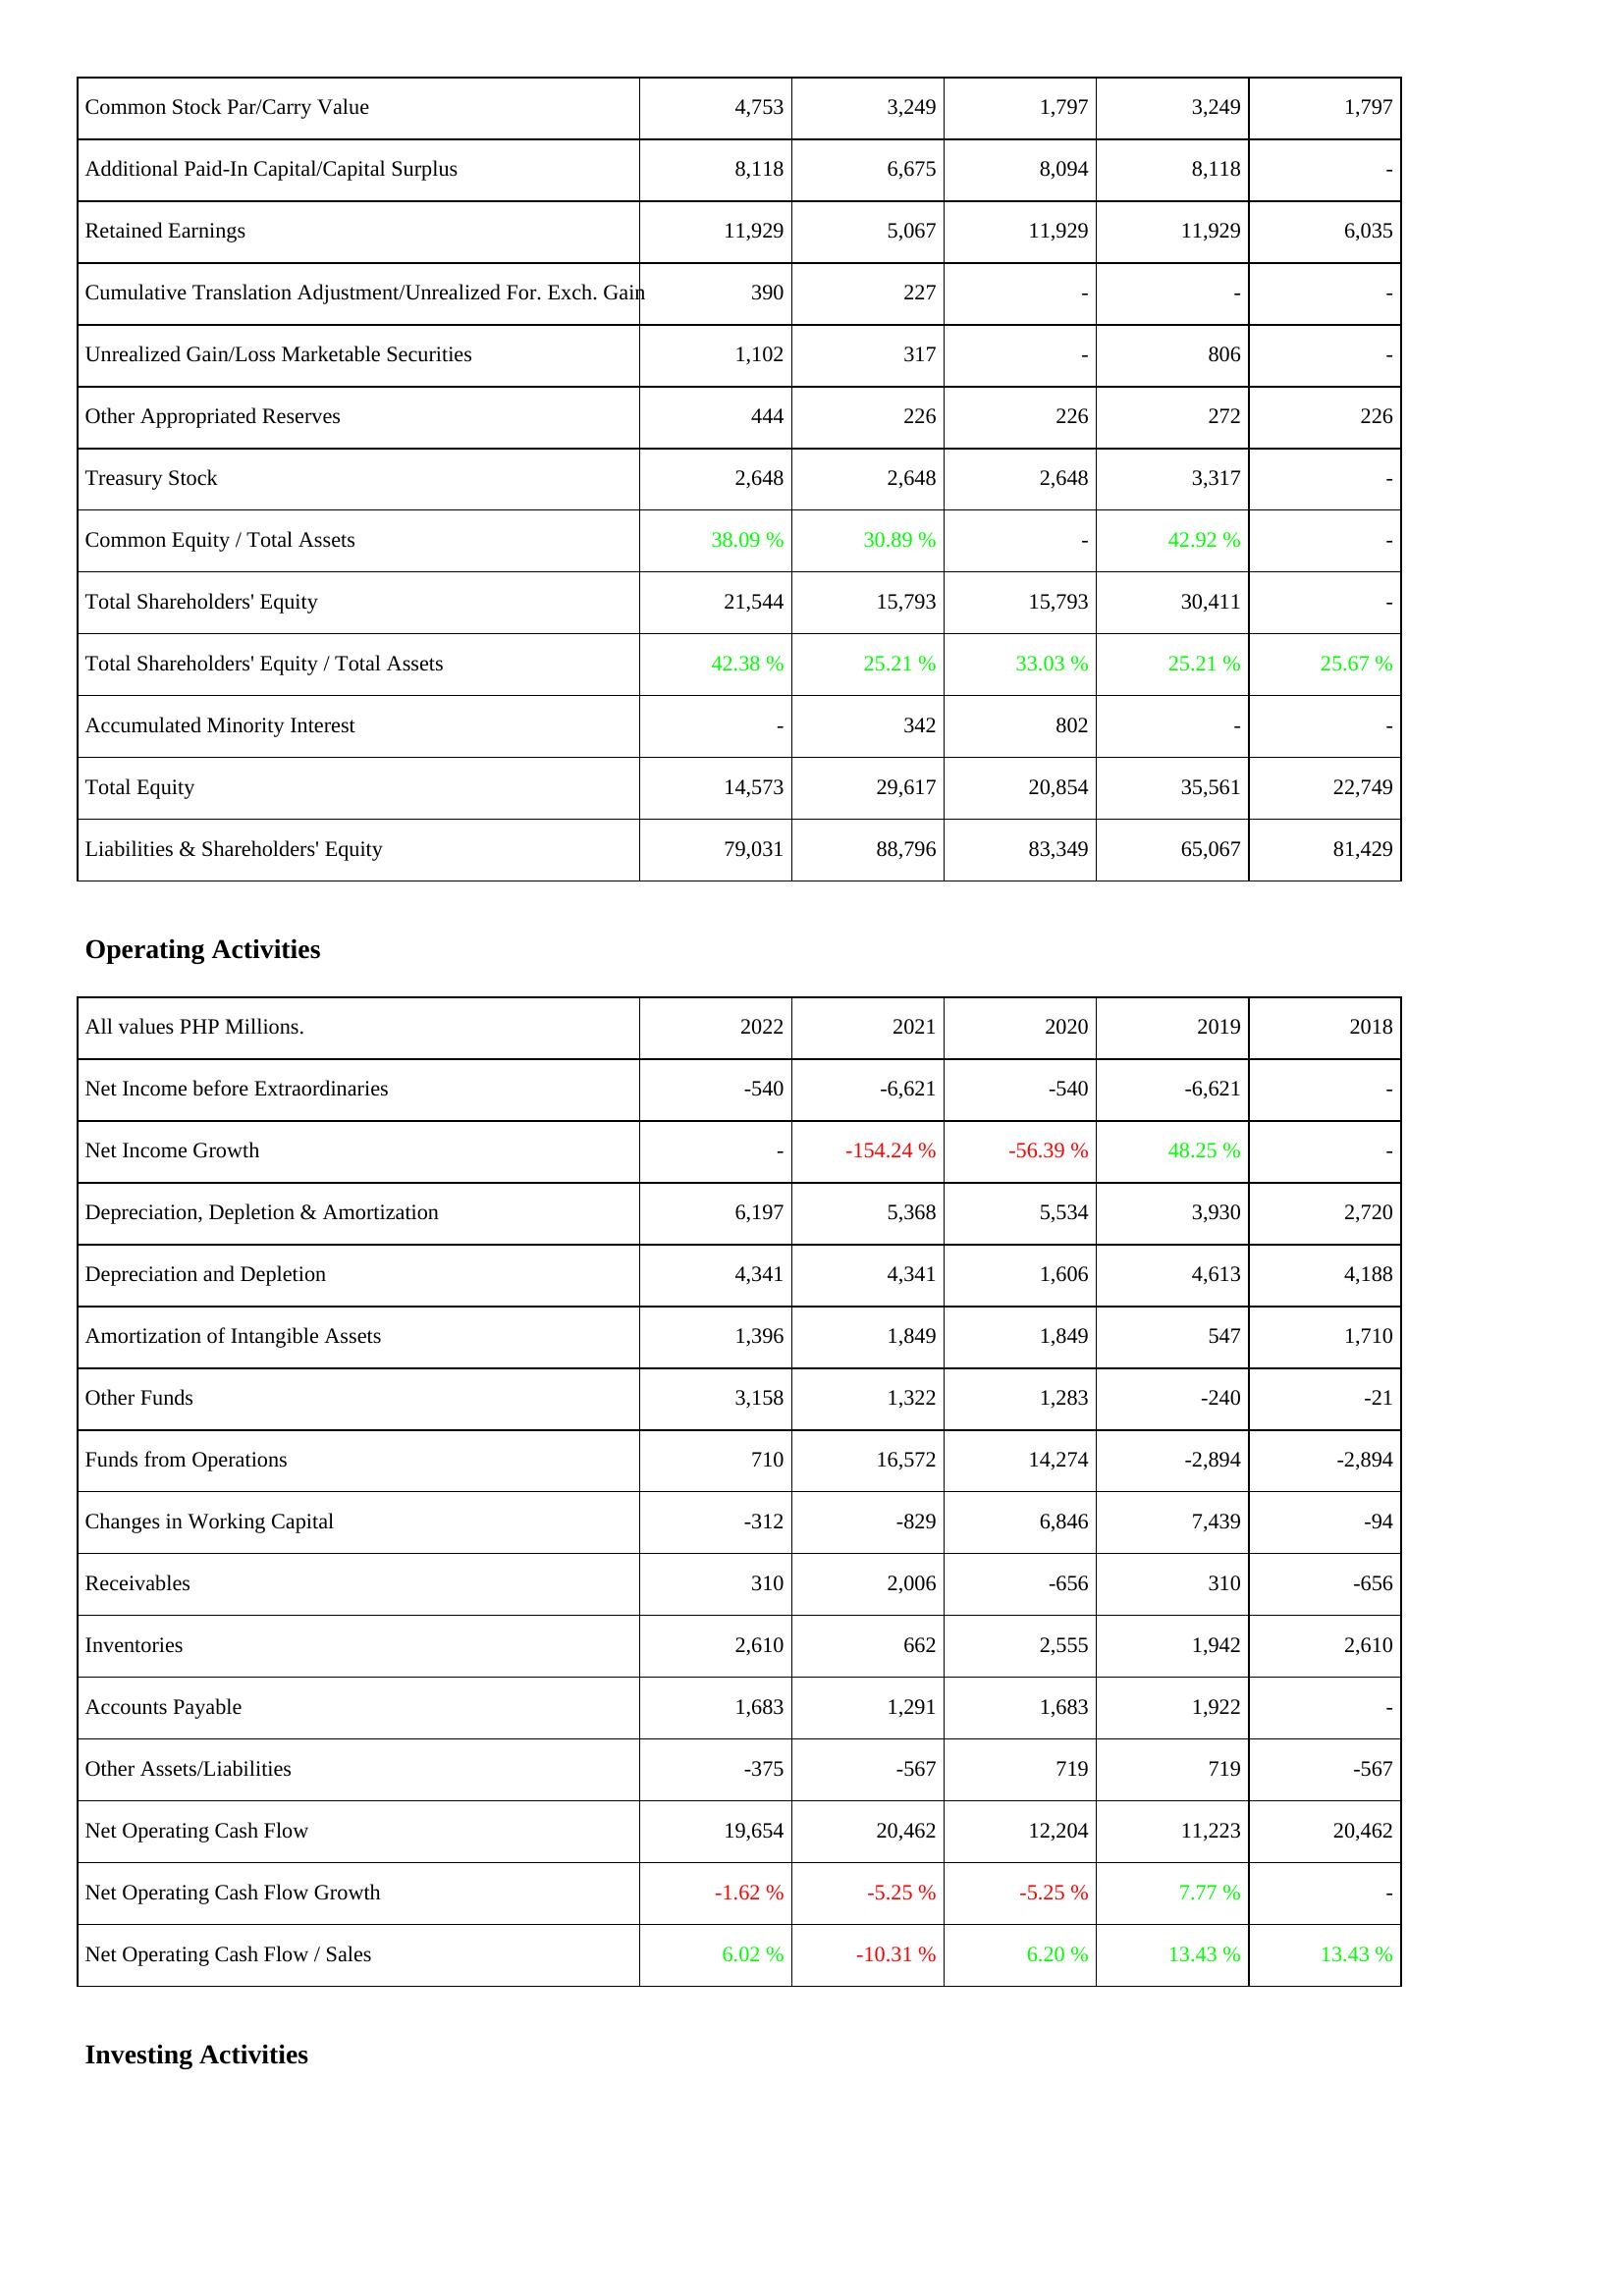
2022: Liabilities & Shareholders' Equity: Common Stock Par/Carry Value: 4,753
Additional Paid-In Capital/Capital Surplus: 8,118
Retained Earnings: 11,929
Cumulative Translation Adjustment/Unrealized For. Exch. Gain: 390
Unrealized Gain/Loss Marketable Securities: 1,102
Other Appropriated Reserves: 444
Treasury Stock: 2,648
Common Equity / Total Assets: 38.09 %
Total Shareholders' Equity: 21,544
Total Shareholders' Equity / Total Assets: 42.38 %
Accumulated Minority Interest: -
Total Equity: 14,573
Liabilities & Shareholders' Equity: 79,031
Operating Activities: Net Income before Extraordinaries: -540
Net Income Growth: -
Depreciation, Depletion & Amortization: 6,197
Depreciation and Depletion: 4,341
Amortization of Intangible Assets: 1,396
Other Funds: 3,158
Funds from Operations: 710
Changes in Working Capital: -312
Receivables: 310
Inventories: 2,610
Accounts Payable: 1,683
Other Assets/Liabilities: -375
Net Operating Cash Flow: 19,654
Net Operating Cash Flow Growth: -1.62 %
Net Operating Cash Flow / Sales: 6.02 %
2021: Liabilities & Shareholders' Equity: Common Stock Par/Carry Value: 3,249
Additional Paid-In Capital/Capital Surplus: 6,675
Retained Earnings: 5,067
Cumulative Translation Adjustment/Unrealized For. Exch. Gain: 227
Unrealized Gain/Loss Marketable Securities: 317
Other Appropriated Reserves: 226
Treasury Stock: 2,648
Common Equity / Total Assets: 30.89 %
Total Shareholders' Equity: 15,793
Total Shareholders' Equity / Total Assets: 25.21 %
Accumulated Minority Interest: 342
Total Equity: 29,617
Liabilities & Shareholders' Equity: 88,796
Operating Activities: Net Income before Extraordinaries: -6,621
Net Income Growth: -154.24 %
Depreciation, Depletion & Amortization: 5,368
Depreciation and Depletion: 4,341
Amortization of Intangible Assets: 1,849
Other Funds: 1,322
Funds from Operations: 16,572
Changes in Working Capital: -829
Receivables: 2,006
Inventories: 662
Accounts Payable: 1,291
Other Assets/Liabilities: -567
Net Operating Cash Flow: 20,462
Net Operating Cash Flow Growth: -5.25 %
Net Operating Cash Flow / Sales: -10.31 %
2020: Liabilities & Shareholders' Equity: Common Stock Par/Carry Value: 1,797
Additional Paid-In Capital/Capital Surplus: 8,094
Retained Earnings: 11,929
Cumulative Translation Adjustment/Unrealized For. Exch. Gain: -
Unrealized Gain/Loss Marketable Securities: -
Other Appropriated Reserves: 226
Treasury Stock: 2,648
Common Equity / Total Assets: -
Total Shareholders' Equity: 15,793
Total Shareholders' Equity / Total Assets: 33.03 %
Accumulated Minority Interest: 802
Total Equity: 20,854
Liabilities & Shareholders' Equity: 83,349
Operating Activities: Net Income before Extraordinaries: -540
Net Income Growth: -56.39 %
Depreciation, Depletion & Amortization: 5,534
Depreciation and Depletion: 1,606
Amortization of Intangible Assets: 1,849
Other Funds: 1,283
Funds from Operations: 14,274
Changes in Working Capital: 6,846
Receivables: -656
Inventories: 2,555
Accounts Payable: 1,683
Other Assets/Liabilities: 719
Net Operating Cash Flow: 12,204
Net Operating Cash Flow Growth: -5.25 %
Net Operating Cash Flow / Sales: 6.20 %
2019: Liabilities & Shareholders' Equity: Common Stock Par/Carry Value: 3,249
Additional Paid-In Capital/Capital Surplus: 8,118
Retained Earnings: 11,929
Cumulative Translation Adjustment/Unrealized For. Exch. Gain: -
Unrealized Gain/Loss Marketable Securities: 806
Other Appropriated Reserves: 272
Treasury Stock: 3,317
Common Equity / Total Assets: 42.92 %
Total Shareholders' Equity: 30,411
Total Shareholders' Equity / Total Assets: 25.21 %
Accumulated Minority Interest: -
Total Equity: 35,561
Liabilities & Shareholders' Equity: 65,067
Operating Activities: Net Income before Extraordinaries: -6,621
Net Income Growth: 48.25 %
Depreciation, Depletion & Amortization: 3,930
Depreciation and Depletion: 4,613
Amortization of Intangible Assets: 547
Other Funds: -240
Funds from Operations: -2,894
Changes in Working Capital: 7,439
Receivables: 310
Inventories: 1,942
Accounts Payable: 1,922
Other Assets/Liabilities: 719
Net Operating Cash Flow: 11,223
Net Operating Cash Flow Growth: 7.77 %
Net Operating Cash Flow / Sales: 13.43 %
2018: Liabilities & Shareholders' Equity: Common Stock Par/Carry Value: 1,797
Additional Paid-In Capital/Capital Surplus: -
Retained Earnings: 6,035
Cumulative Translation Adjustment/Unrealized For. Exch. Gain: -
Unrealized Gain/Loss Marketable Securities: -
Other Appropriated Reserves: 226
Treasury Stock: -
Common Equity / Total Assets: -
Total Shareholders' Equity: -
Total Shareholders' Equity / Total Assets: 25.67 %
Accumulated Minority Interest: -
Total Equity: 22,749
Liabilities & Shareholders' Equity: 81,429
Operating Activities: Net Income before Extraordinaries: -
Net Income Growth: -
Depreciation, Depletion & Amortization: 2,720
Depreciation and Depletion: 4,188
Amortization of Intangible Assets: 1,710
Other Funds: -21
Funds from Operations: -2,894
Changes in Working Capital: -94
Receivables: -656
Inventories: 2,610
Accounts Payable: -
Other Assets/Liabilities: -567
Net Operating Cash Flow: 20,462
Net Operating Cash Flow Growth: -
Net Operating Cash Flow / Sales: 13.43 %